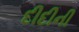
દીદીની